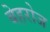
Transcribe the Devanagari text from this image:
बेहरोज